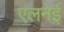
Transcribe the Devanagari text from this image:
एलनेई